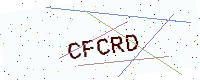
Text: CFCRD